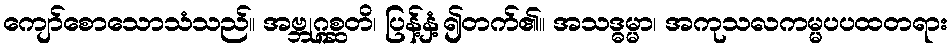
ကျော်စောသောသံသည်။ အဗ္ဘုဂ္ဂစ္ဆတိ၊ ပြန့်နှံ့၍တက်၏။ အသဒ္ဓမ္မာ၊ အကုသလကမ္မပပထတရား